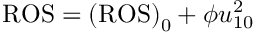
\mathrm { R O S } = \mathrm { ( R O S ) } _ { 0 } + \phi u _ { 1 0 } ^ { 2 }